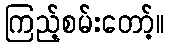
ကြည့်စမ်းတော့်။